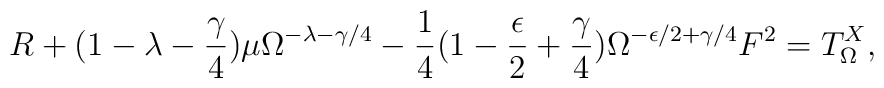
R+ (1- \lambda - \frac{\gamma}{4} ) \mu \Omega^{- \lambda -\gamma /4 } - \frac{1}{4} (1 - \frac{\epsilon}{2} + \frac{\gamma}{4}  ) \Omega^{-\epsilon /2 + \gamma /4} F^2 =T^{X}_{\Omega}  ,